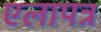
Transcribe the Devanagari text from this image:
एलापत्र